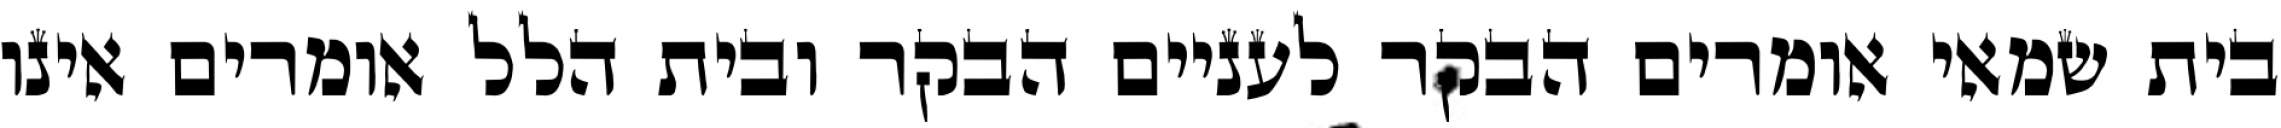
בית שמאי אומרים הבקר לעניים הבקר ובית הלל אומרים אינו